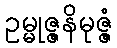
ဥမ္မုဇ္ဇနိမုဇ္ဇံ